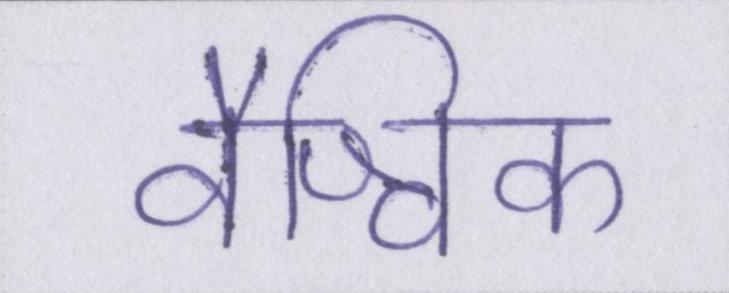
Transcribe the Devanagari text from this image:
वैश्विक